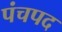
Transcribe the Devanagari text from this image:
पंचपद